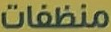
منظفات